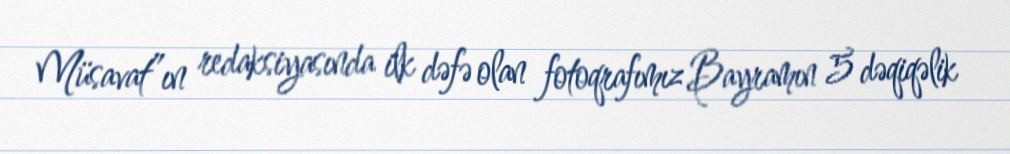
Müsavat”ın redaksiyasında ilk dəfə olan fotoqrafımız Bayramın 5 dəqiqəlik